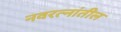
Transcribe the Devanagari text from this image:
नवरत्नांतील